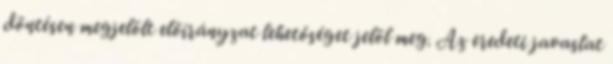
döntésen megjelölt előirányzat lehetőséget jelöl meg. Az eredeti javaslat